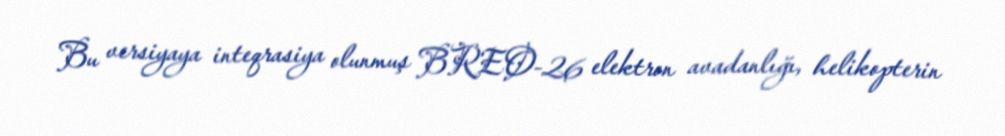
Bu versiyaya inteqrasiya olunmuş BREO-26 elektron avadanlığı, helikopterin